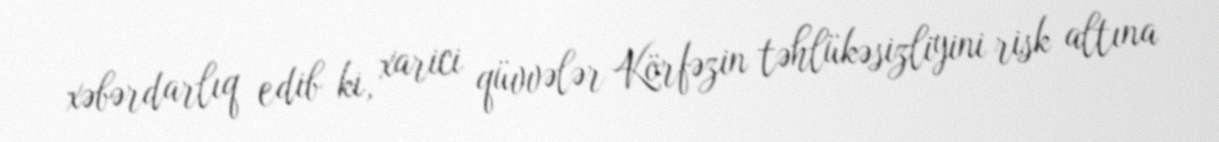
xəbərdarlıq edib ki, xarici qüvvələr Körfəzin təhlükəsizliyini risk altına